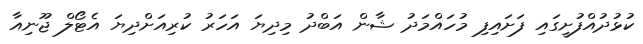
ކުޅުދުއްފުށީގައި ފަށައިފި މުހައްމަދު ޝާން އަބްދު މިދިޔަ އަހަރު ކުރިއަށްދިޔަ އެޓޯލް ޖޫނިއާ